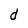
Character: d